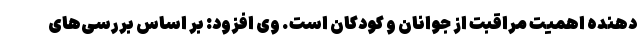
دهنده اهمیت مراقبت از جوانان و کودکان است. وی افزود: بر اساس بررسی‌های